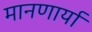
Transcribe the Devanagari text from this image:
मानणार्या